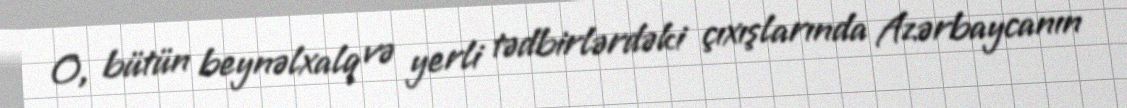
O, bütün beynəlxalq və yerli tədbirlərdəki çıxışlarında Azərbaycanın